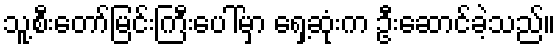
သူ့စီးတော်မြင်းကြီးပေါ်မှာ ရှေ့ဆုံးက ဦးဆောင်ခဲ့သည်။